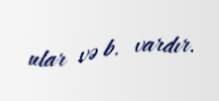
ular və b. vardır.